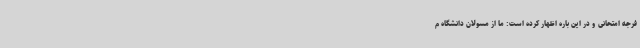
فرجه امتحانی و در این باره اظهار کرده است: ما از مسولان دانشگاه م